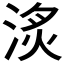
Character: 𣶋